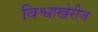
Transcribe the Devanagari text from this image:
विश्वाखेरीज